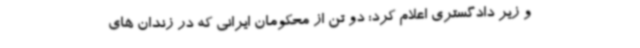
و زیر دادگستری اعلام کرد: دو تن از محکومان ایرانی که در زندان های